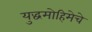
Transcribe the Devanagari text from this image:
युद्धमोहिमेचे